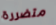
متضررة